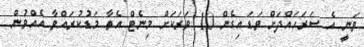
ވަނީ އެ ސަރަހައްދަށް ވަޑައިގެން 10 ވަރަކަށް މިނެޓް އެތާ މަޑުކުރައްވާ އެއްވުން